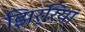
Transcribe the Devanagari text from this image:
झिर्रियां